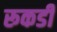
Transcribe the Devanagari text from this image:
रूकडी